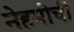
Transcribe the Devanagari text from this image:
नेहमीचीं